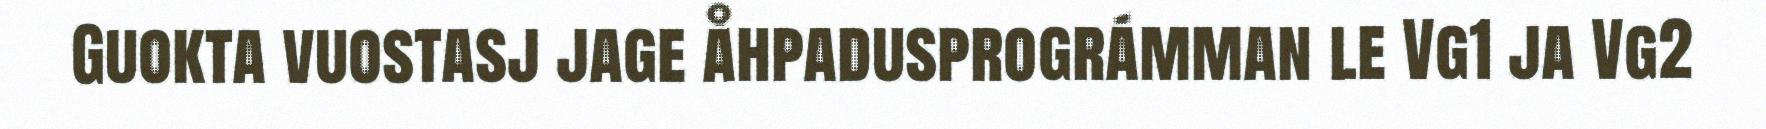
Guokta vuostasj jage åhpadusprográmman le Vg1 ja Vg2